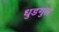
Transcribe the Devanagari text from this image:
धुडगुस